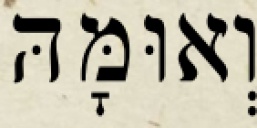
וְאוּמָּהּ